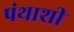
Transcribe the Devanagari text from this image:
पंथाशी